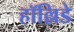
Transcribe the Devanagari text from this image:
हॉल्लिडे